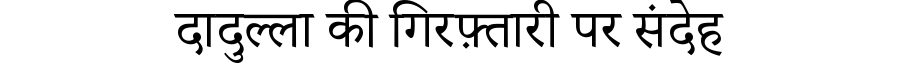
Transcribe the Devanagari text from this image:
दादुल्ला की गिरफ़्तारी पर संदेह